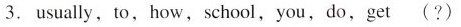
3.usually,to,how, school,you,do,get (?)